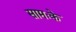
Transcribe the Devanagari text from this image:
सामःके